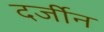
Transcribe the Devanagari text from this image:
दर्जीन